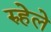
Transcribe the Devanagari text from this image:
रुहेले